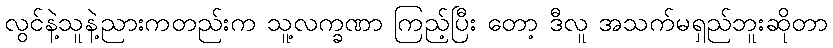
လွင်နဲ့သူနဲ့ညားကတည်းက သူ့လက္ခဏာ ကြည့်ပြီး တော့ ဒီလူ အသက်မရှည်ဘူးဆိုတာ